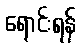
ရောင်းရန်